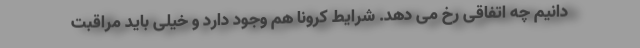
دانیم چه اتفاقی رخ می دهد. شرایط کرونا هم وجود دارد و خیلی باید مراقبت